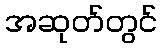
အဆုတ်တွင်